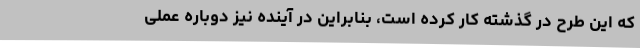
که این طرح در گذشته کار کرده است، بنابراین در آینده نیز دوباره عملی